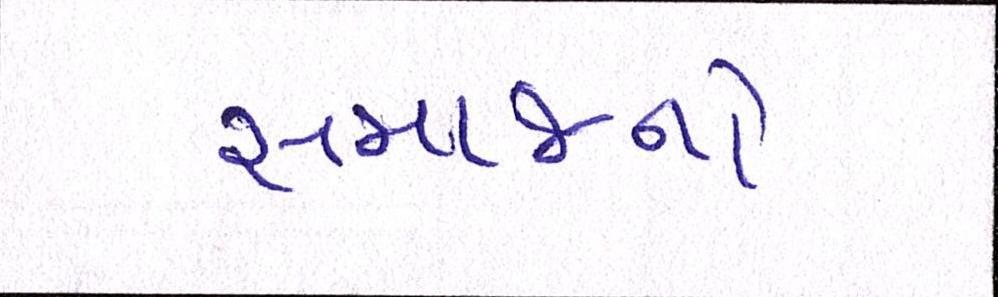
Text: સમાજનો